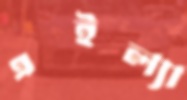
এইল্যা